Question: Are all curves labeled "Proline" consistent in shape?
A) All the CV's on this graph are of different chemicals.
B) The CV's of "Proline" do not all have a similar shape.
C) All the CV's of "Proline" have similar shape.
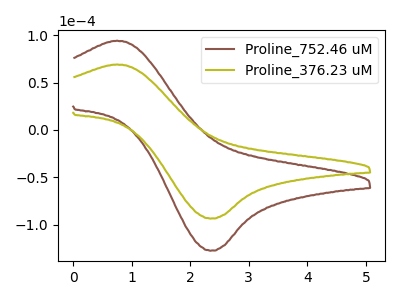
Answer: <think>The brown curve "Proline_752.46 uM" has an anodic peak at (0.75V, 94.25uA) and a cathodic peak at (2.35V, -127.50uA). The olive curve "Proline_376.23 uM" has an anodic peak at (0.75V, 69.15uA) and a cathodic peak at (2.35V, -93.55uA).
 All the peaks in "Proline_752.46 uM" have a peak in "Proline_376.23 uM" at the same potential. Every peak in "Proline_752.46 uM" is higher than every peak in "Proline_376.23 uM".</think>
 <answer>C) All the CV's of "Proline" have similar shape.</answer>
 <eval>C</eval>